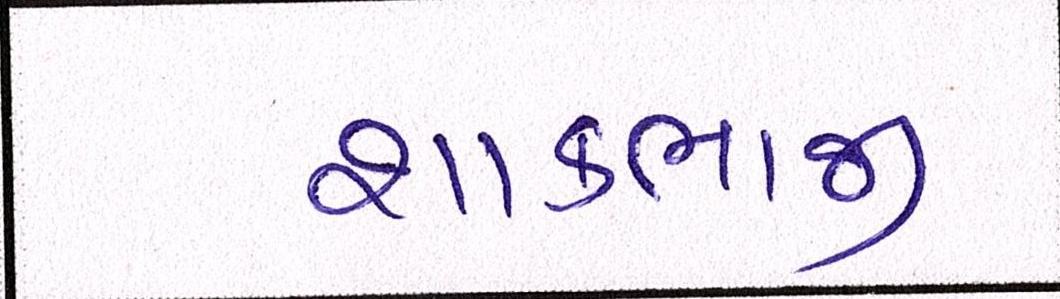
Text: શાકભાજી